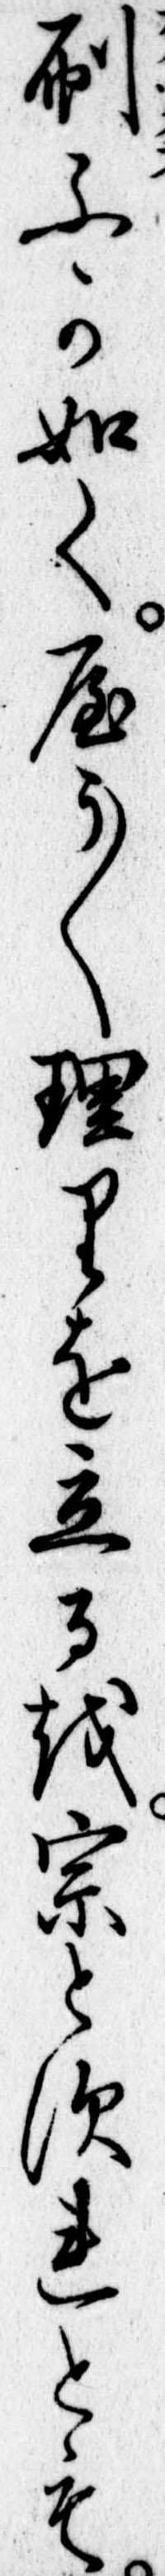
刷ふか如くやう〱理りを立るを宗とすれとも